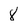
Character: 8